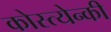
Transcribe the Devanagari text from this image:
कोस्त्येन्की